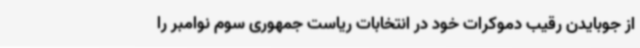
از جوبایدن رقیب دموکرات خود در انتخابات ریاست جمهوری سوم نوامبر را